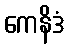
ကေနိဒံ